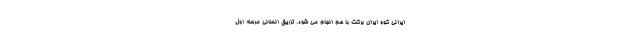
ایرانی کوو ایران برکت با هم انجام می شود. تزریق انسانی مرحله اول